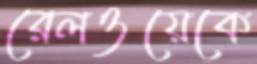
রেলওয়েকে